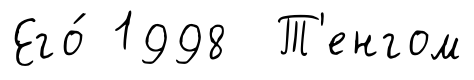
Его́ 1998 Т'енгом